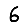
Digit: 6